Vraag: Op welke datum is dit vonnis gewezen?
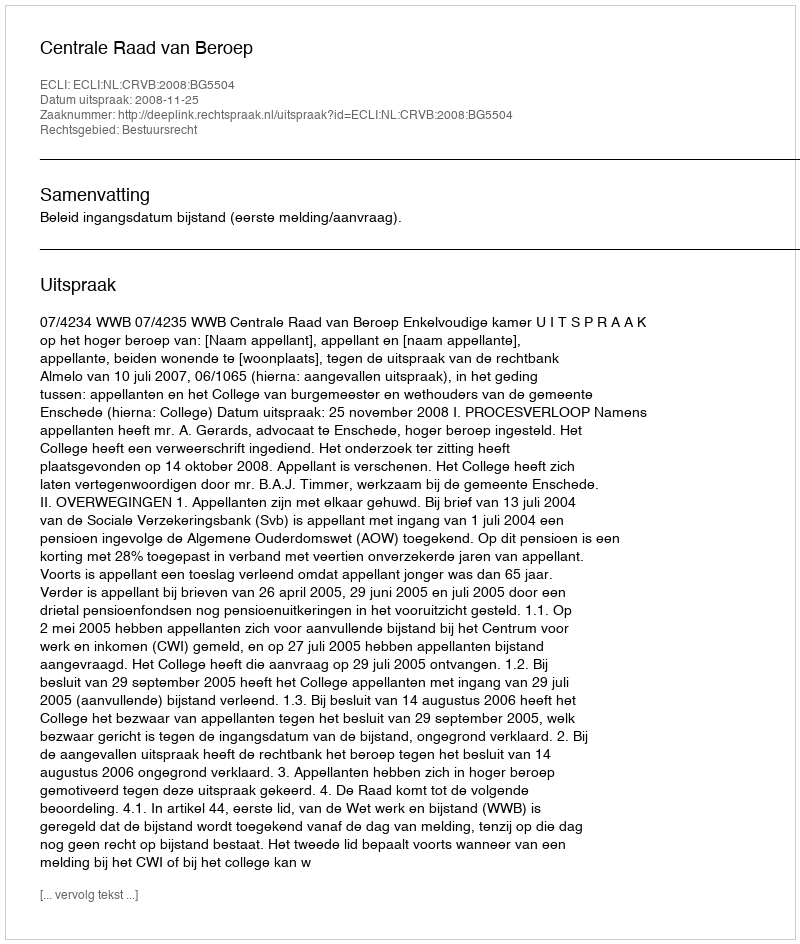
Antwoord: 2008-11-25